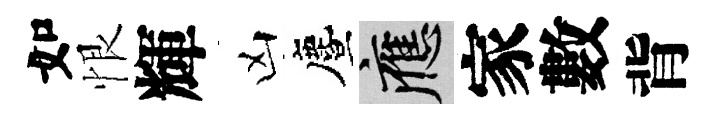
如恨輝凶󵨌應家數背